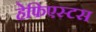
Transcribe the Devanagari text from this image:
हेफिएस्टस